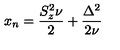
x _ { n } = \frac { S _ { z } ^ { 2 } \nu } { 2 } + \frac { \Delta ^ { 2 } } { 2 \nu }